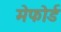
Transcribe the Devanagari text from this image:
मेफोर्ड